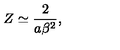
Z \simeq \frac { 2 } { a \beta ^ { 2 } } ,